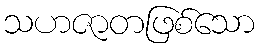
သဟဇာတဖြစ်သော